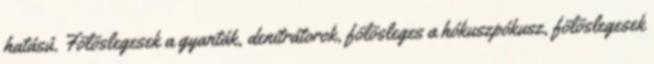
hatású. Fölöslegesek a gyanták, denitrátorok, fölösleges a hókuszpókusz, fölöslegesek